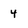
Character: 4